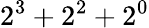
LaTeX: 2^{3}+2^{2}+2^{0}